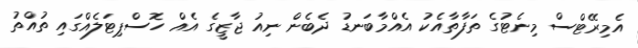
އެމިރޭޓްސް މިނެޓުގެ ތަފާތާއެކު އެއްމާބަނޑު ދެބެން ނިއު ޖާޒީގެ އެއް ހޮސްޕިޓަލެއްގައި ތުއްތު